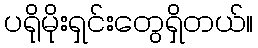
ပရိုမိုးရှင်းတွေရှိတယ်။